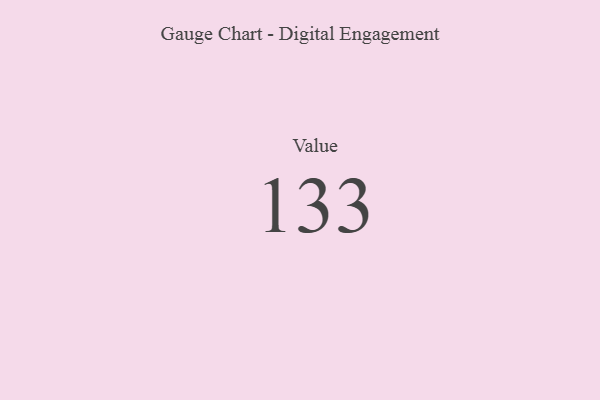
{"axis": {"x": "Metric", "y": "Value"}, "legend": [""], "data": [{"x": "Value", "y": 133, "type": ""}]}